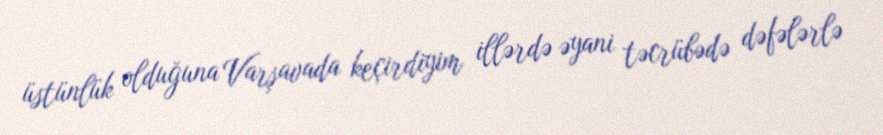
üstünlük olduğuna Varşavada keçirdiyim illərdə əyani təcrübədə dəfələrlə